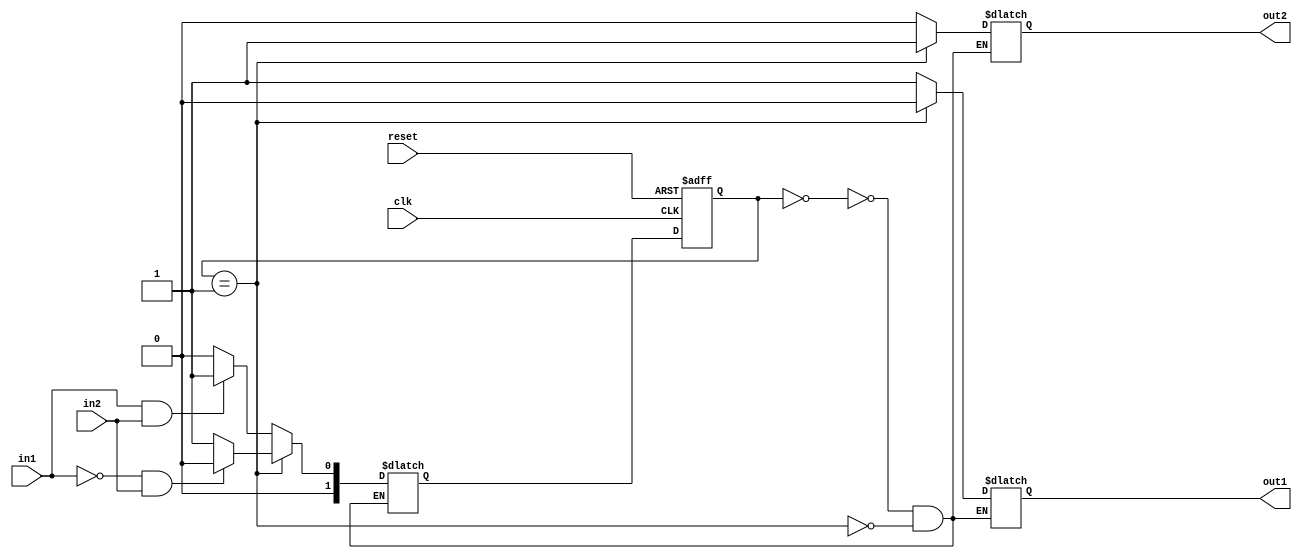
module moore_state_machine(
    input clk,
    input reset,
    input in1,
    input in2,
    output reg out1,
    output reg out2
    );

    // Define state encoding
    parameter STATE_A = 2'b00;
    parameter STATE_B = 2'b01;

    // Define state register
    reg [1:0] state_reg, next_state;

    // Moore State Machine logic
    always @(posedge clk or posedge reset) begin
        if (reset) state_reg <= STATE_A;
        else state_reg <= next_state;
    end

    // State transition and output logic
    always @* begin
        case (state_reg)
            STATE_A: begin
                if (in1 && in2) next_state = STATE_B;
                else next_state = STATE_A;
                out1 = 1;
                out2 = 0;
            end
            STATE_B: begin
                if (!in1 && in2) next_state = STATE_A;
                else next_state = STATE_B;
                out1 = 0;
                out2 = 1;
            end
        endcase
    end

endmodule